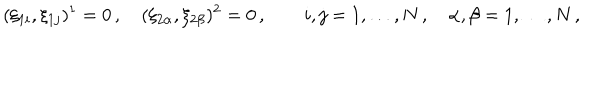
( \xi _ { 1 i } , \xi _ { 1 j } ) ^ { 1 } = 0 \, , \quad ( \xi _ { 2 \alpha } , \xi _ { 2 \beta } ) ^ { 2 } = 0 \, , \qquad i , j = 1 , \ldots , N \, , \quad \alpha , \beta = 1 , \ldots , N \, ,